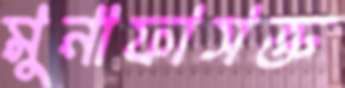
মুনাফাসক্ত